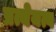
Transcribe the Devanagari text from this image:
प्रत्येयत्व